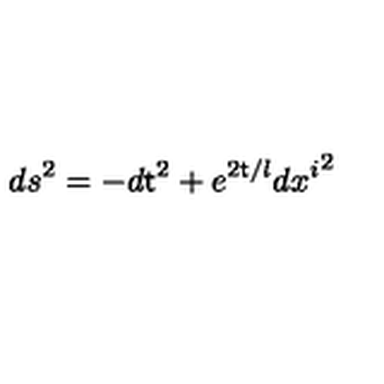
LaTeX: d s ^ { 2 } = - d { \sf t } ^ { 2 } + e ^ { 2 { \sf t } / l } d { x ^ { i } } ^ { 2 }